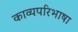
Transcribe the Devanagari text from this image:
काव्यपरिभाषा